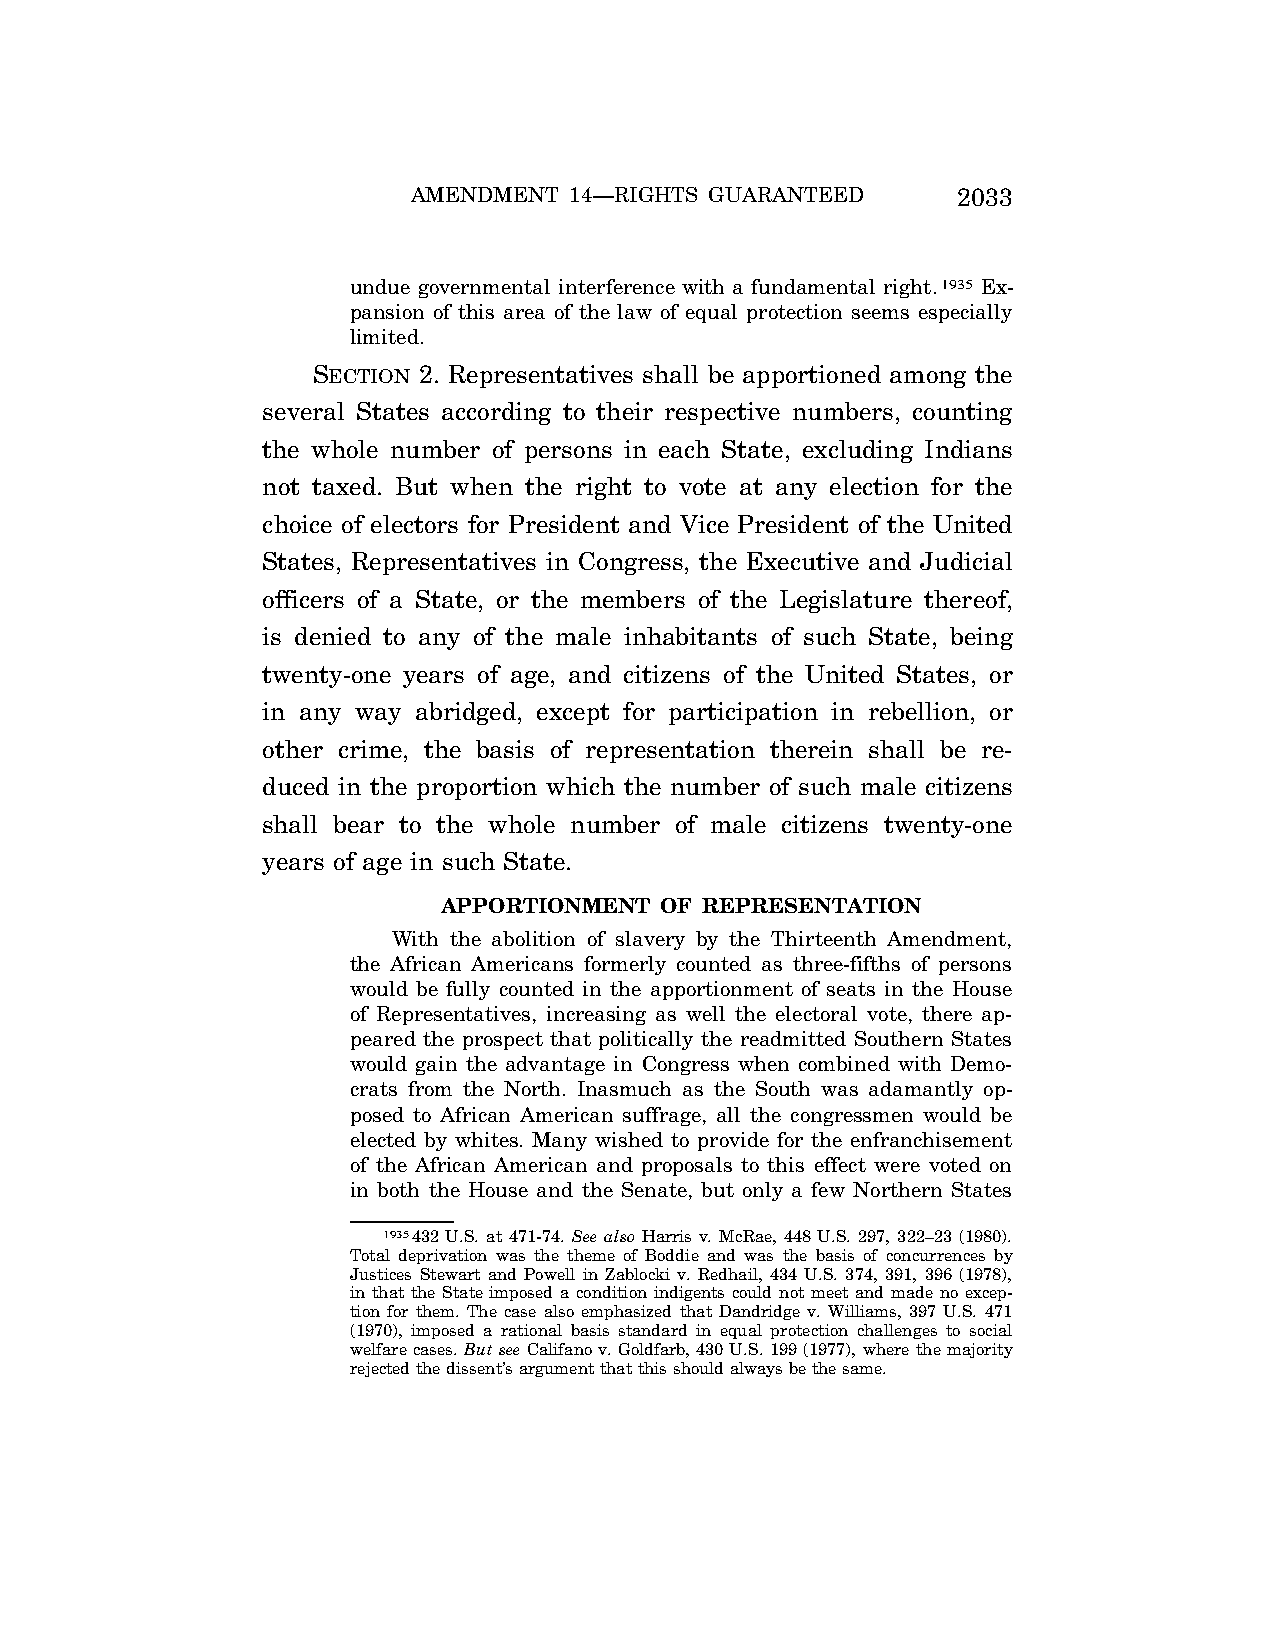
AMENDMENT  14—RIGHTS GUARANTEED     2033
 undue governmental interference with a fundamental right.1935 Ex-
 pansion of this area of the law of equal protection seems especially
 limited.
 SECTION 2. Representatives shall be apportioned among the
 several States according to their respective numbers, counting
 the whole number of persons in each State, excluding Indians
 not taxed. But when the right to vote at any election for the
 choice of electors for President and Vice President of the United
 States, Representatives in Congress, the Executive and Judicial
 officers of a State, or the members of the Legislature thereof,
 is denied to any of the male inhabitants of such State, being
 twenty-one years of age, and citizens of the United States, or
 in any way abridged, except for participation in rebellion, or
 other crime, the basis of representation therein shall be re-
 duced in the proportion which the number of such male citizens
 shall bear to the whole number of male citizens twenty-one
 years of age in such State.
 APPORTIONMENT  OF REPRESENTATION
 With the abolition of slavery by the Thirteenth Amendment,
 the African Americans formerly counted as three-fifths of persons
 would be fully counted in the apportionment of seats in the House
 of Representatives, increasing as well the electoral vote, there ap-
 peared the prospect that politically the readmitted Southern States
 would gain the advantage in Congress when combined with Demo-
 crats from the North. Inasmuch as the South was adamantly op-
 posed to African American suffrage, all the congressmen would be
 elected by whites. Many wished to provide for the enfranchisement
 of the African American and proposals to this effect were voted on
 in both the House and the Senate, but only a few Northern States
 1935432 U.S. at 471-74. See also Harris v. McRae, 448 U.S. 297, 322–23 (1980).
 Total deprivation was the theme of Boddie and was the basis of concurrences by
 Justices Stewart and Powell in Zablocki v. Redhail, 434 U.S. 374, 391, 396 (1978),
 in that the State imposed a condition indigents could not meet and made no excep-
 tion for them. The case also emphasized that Dandridge v. Williams, 397 U.S. 471
 (1970), imposed a rational basis standard in equal protection challenges to social
 welfare cases. But see Califano v. Goldfarb, 430 U.S. 199 (1977), where the majority
 rejected the dissent’s argument that this should always be the same.
 VerDate Jul<13>2004 05:44 Jul 13, 2004 Jkt 000000 PO 00000 Frm 00363 Fmt 8222 Sfmt 8222 \\GSDDPC41\YOURS-AND-MINE\CON046.SGM CON046